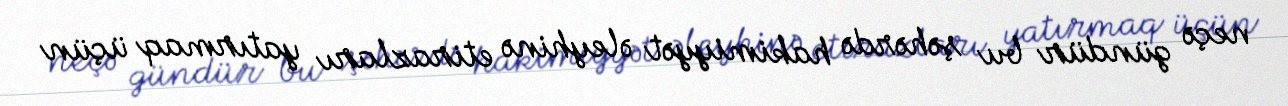
neçə gündür bu şəhərdə hakimiyyət əleyhinə etirazları yatırmaq üçün